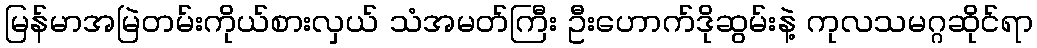
မြန်မာအမြဲတမ်းကိုယ်စားလှယ် သံအမတ်ကြီး ဦးဟောက်ဒိုဆွမ်းနဲ့ ကုလသမဂ္ဂဆိုင်ရာ